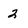
Character: 2